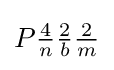
P{\tfrac {4}{n}}{\tfrac {2}{b}}{\tfrac {2}{m}}